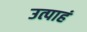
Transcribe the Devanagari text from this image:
उत्पाहं